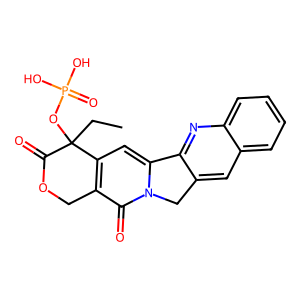
SMILES: CCC1(OP(=O)(O)O)C(=O)OCc2c1cc1n(c2=O)Cc2cc3ccccc3nc2-1
Inhibits HIV replication: No